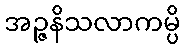
အဉ္ဇနိသလာကမ္ပိ